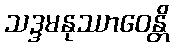
သဒ္ဒမနုဿာဝေန္တိ